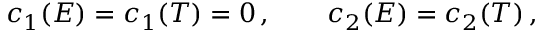
c _ { 1 } ( E ) = c _ { 1 } ( T ) = 0 \, , \qquad c _ { 2 } ( E ) = c _ { 2 } ( T ) \, ,